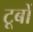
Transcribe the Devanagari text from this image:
टूर्बो